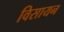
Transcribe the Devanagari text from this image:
विसायन